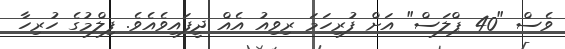
ވެސް "40 ޕްލަސް" އަށް ފުރިހަމަ ރިވިއު އެއް ދީފައިވެއެވެ. ފިލްމުގެ ހުރިހާ